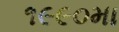
૧૯૯૦મા